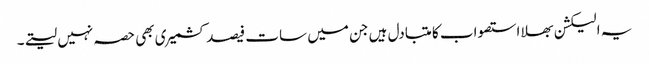
یہ الیکشن بھلا استصواب کا متبادل ہیں جن میں سات فیصد کشمیری بھی حصہ نہیں لیتے۔